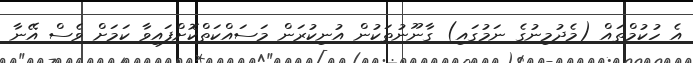
އެ ހުކުމްތައް (މެދުމިނުގެ ނަމުގައި) ގާނޫނުތަކުން އުނިކުރަން މަސައްކަތްކޮށްފައިވާ ކަމަށް ވެސް އޭނާ